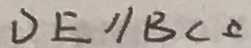
D E / / B C